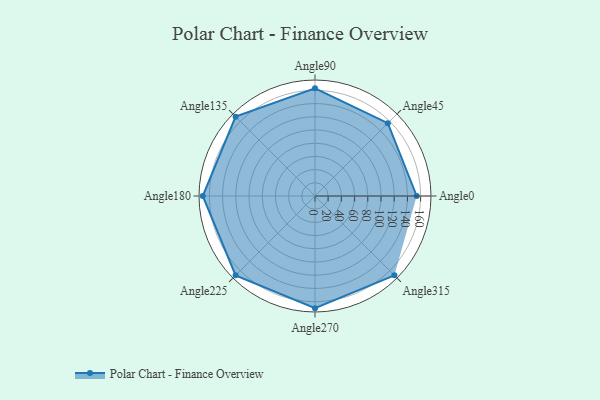
{"axis": {"x": "Angle", "y": "Radius"}, "legend": [""], "data": [{"x": "Angle0", "y": 154.0, "type": ""}, {"x": "Angle45", "y": 156.0, "type": ""}, {"x": "Angle90", "y": 163.0, "type": ""}, {"x": "Angle135", "y": 170, "type": ""}, {"x": "Angle180", "y": 170, "type": ""}, {"x": "Angle225", "y": 170, "type": ""}, {"x": "Angle270", "y": 170, "type": ""}, {"x": "Angle315", "y": 170, "type": ""}]}